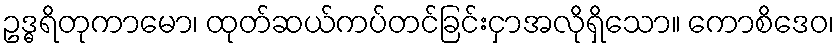
ဥဒ္ဓရိတုကာမော၊ ထုတ်ဆယ်ကပ်တင်ခြင်းငှာအလိုရှိသော။ ကောစိဒေဝ၊